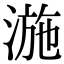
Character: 湤